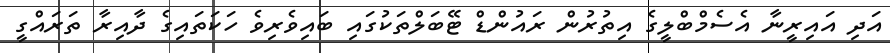
އަދި އައިރީނާ އެސެމްބްލީގެ އިތުރުން ރައުންޑް ޓޭބަލްތަކުގައި ބައިވެރިވެ ހަކަތައިގެ ދާއިރާ ތަރައްގީ